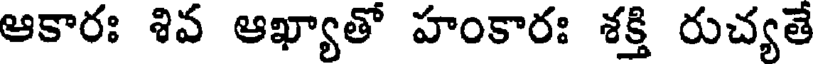
ఆకారః శివ ఆఖ్యాతో హంకారః శక్తి రుచ్యతే